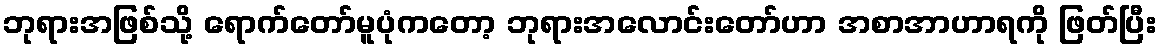
ဘုရားအဖြစ်သို့ ရောက်တော်မူပုံကတော့ ဘုရားအလောင်းတော်ဟာ အစာအာဟာရကို ဖြတ်ပြီး